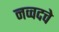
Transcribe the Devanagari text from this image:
नव्वदचे